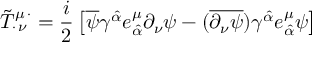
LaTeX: \tilde { T } _ { \cdot \, \nu } ^ { \mu \, \cdot } = \frac { i } { 2 } \left[ \overline { { { \psi } } } \gamma ^ { \hat { \alpha } } e _ { \hat { \alpha } } ^ { \mu } \partial _ { \nu } \psi - ( \overline { { { \partial _ { \nu } \psi } } } ) \gamma ^ { \hat { \alpha } } e _ { \hat { \alpha } } ^ { \mu } \psi \right]